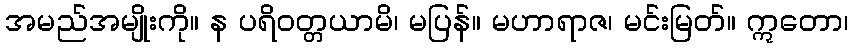
အမည်အမျိုးကို။ န ပရိဝတ္တယာမိ၊ မပြန်။ မဟာရာဇ၊ မင်းမြတ်။ ဣတော၊